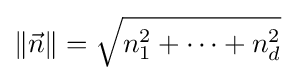
\|{\vec {n}}\|={\sqrt {n_{1}^{2}+\cdots +n_{d}^{2}}}